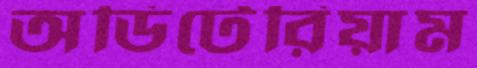
অডিটেরিয়াম